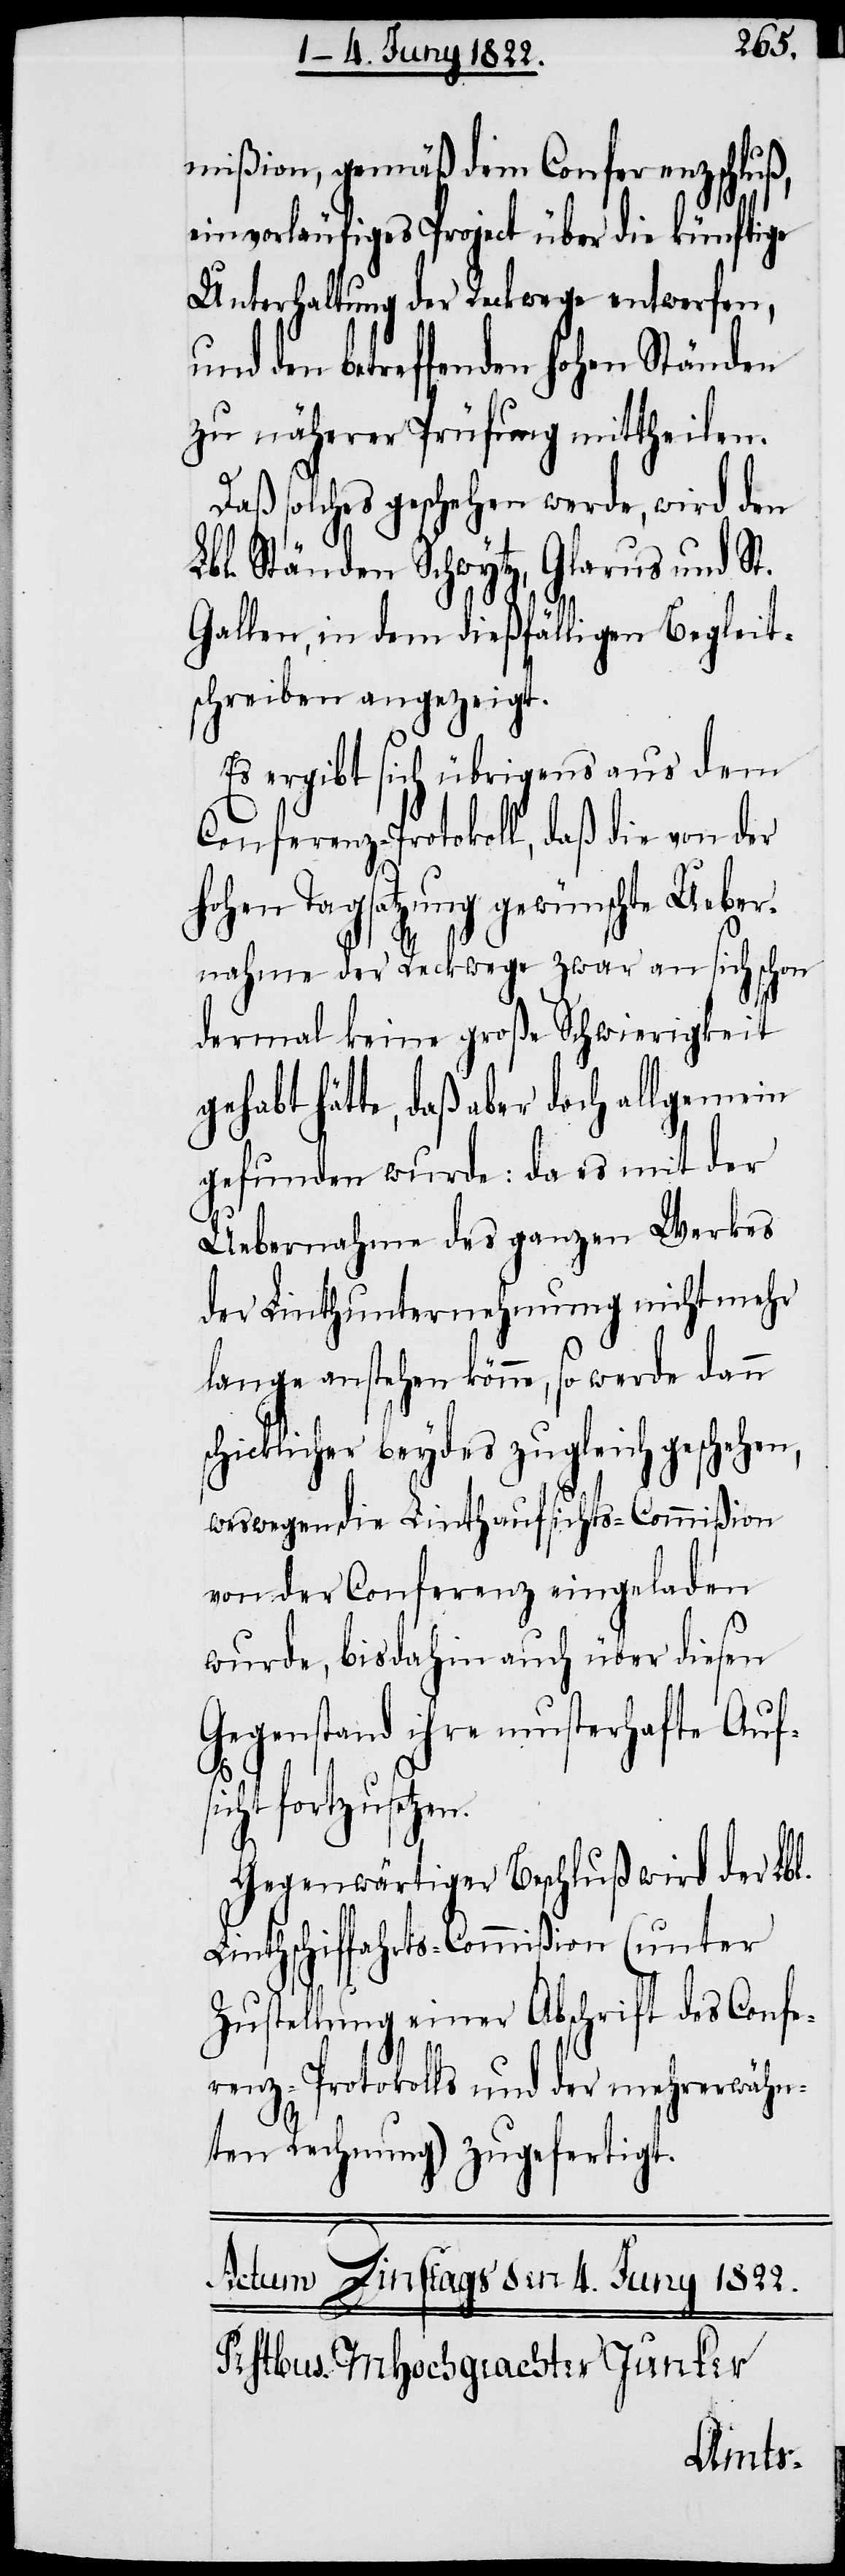
mißion gemäß dem Conferenzschluß,
ein vorläufiges Project über die künftige
Unterhaltung der Reckwege entwerfen,
und den betreffenden hohen Ständen
zu näherer Prüfung mittheilen.
Daß solches geschehen werde, wird den
L¬
bl. Ständen Schwytz, Glarus und St.
Gallen, in dem dießfälligen Begleit¬
schreiben angezeigt.
Es ergibt sich übrigens aus dem
Conferenz-Protokoll, daß die von der
hohen Tagsatzung gewünschte Uebe¬
rnahme der Reckwege zwar an sich schon
dermal keine große Schwierigkeit
hätte, daß aber doch allgemein
gefunden wurde: da es mit der
Uebernahme des ganzen Werkes
der Linthunternehmung nicht mehr
lange anstehen könne, so werde dann
schicklicher beydes zugleich geschehen,
weswegen die Linthaufsichts-Commißion
von der Conferenz eingeladen
wurde, bisdahin auch über diesen
Gegenstand ihre musterhafte Auf¬
sicht fortzusetzen.
Gegenwärtiger Beschluß wird der Lbl.
Linthschiffahrts-Commißion (unter
Zustellung einer Abschrift des Confe¬
renz-Protokolls und der mehrerwähn¬
ten Rechnung) zugefertigt.